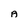
Character: A